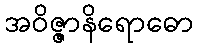
အဝိဇ္ဇာနိရောဓော